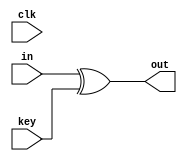
`timescale 1ns / 1ps
//////////////////////////////////////////////////////////////////////////////////
// Company: 
// Engineer: 
// 
// Design Name: 
// Module Name: addroundkey
// Project Name: 
// Target Devices: 
// Tool Versions: 
// Description: 
// 
// Dependencies: 
// 
// Revision:
// Revision 0.01 - File Created
// Additional Comments:
// 
//////////////////////////////////////////////////////////////////////////////////


module addroundkey(
    input [127:0] in,
    input [127:0] key,
    input clk,
    output [127:0] out
    );
    assign out= in ^ key;
    /*always @(posedge clk) begin
        out <= in ^ key;
    end*/
endmodule